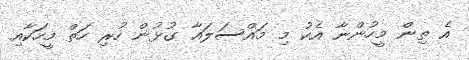
އެ ތިން މީހުންނާ އެކު މި މައްސަލައާ ގުޅުން ހުރި ހަތް މީހަކާއި